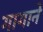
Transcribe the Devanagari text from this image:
गागाने